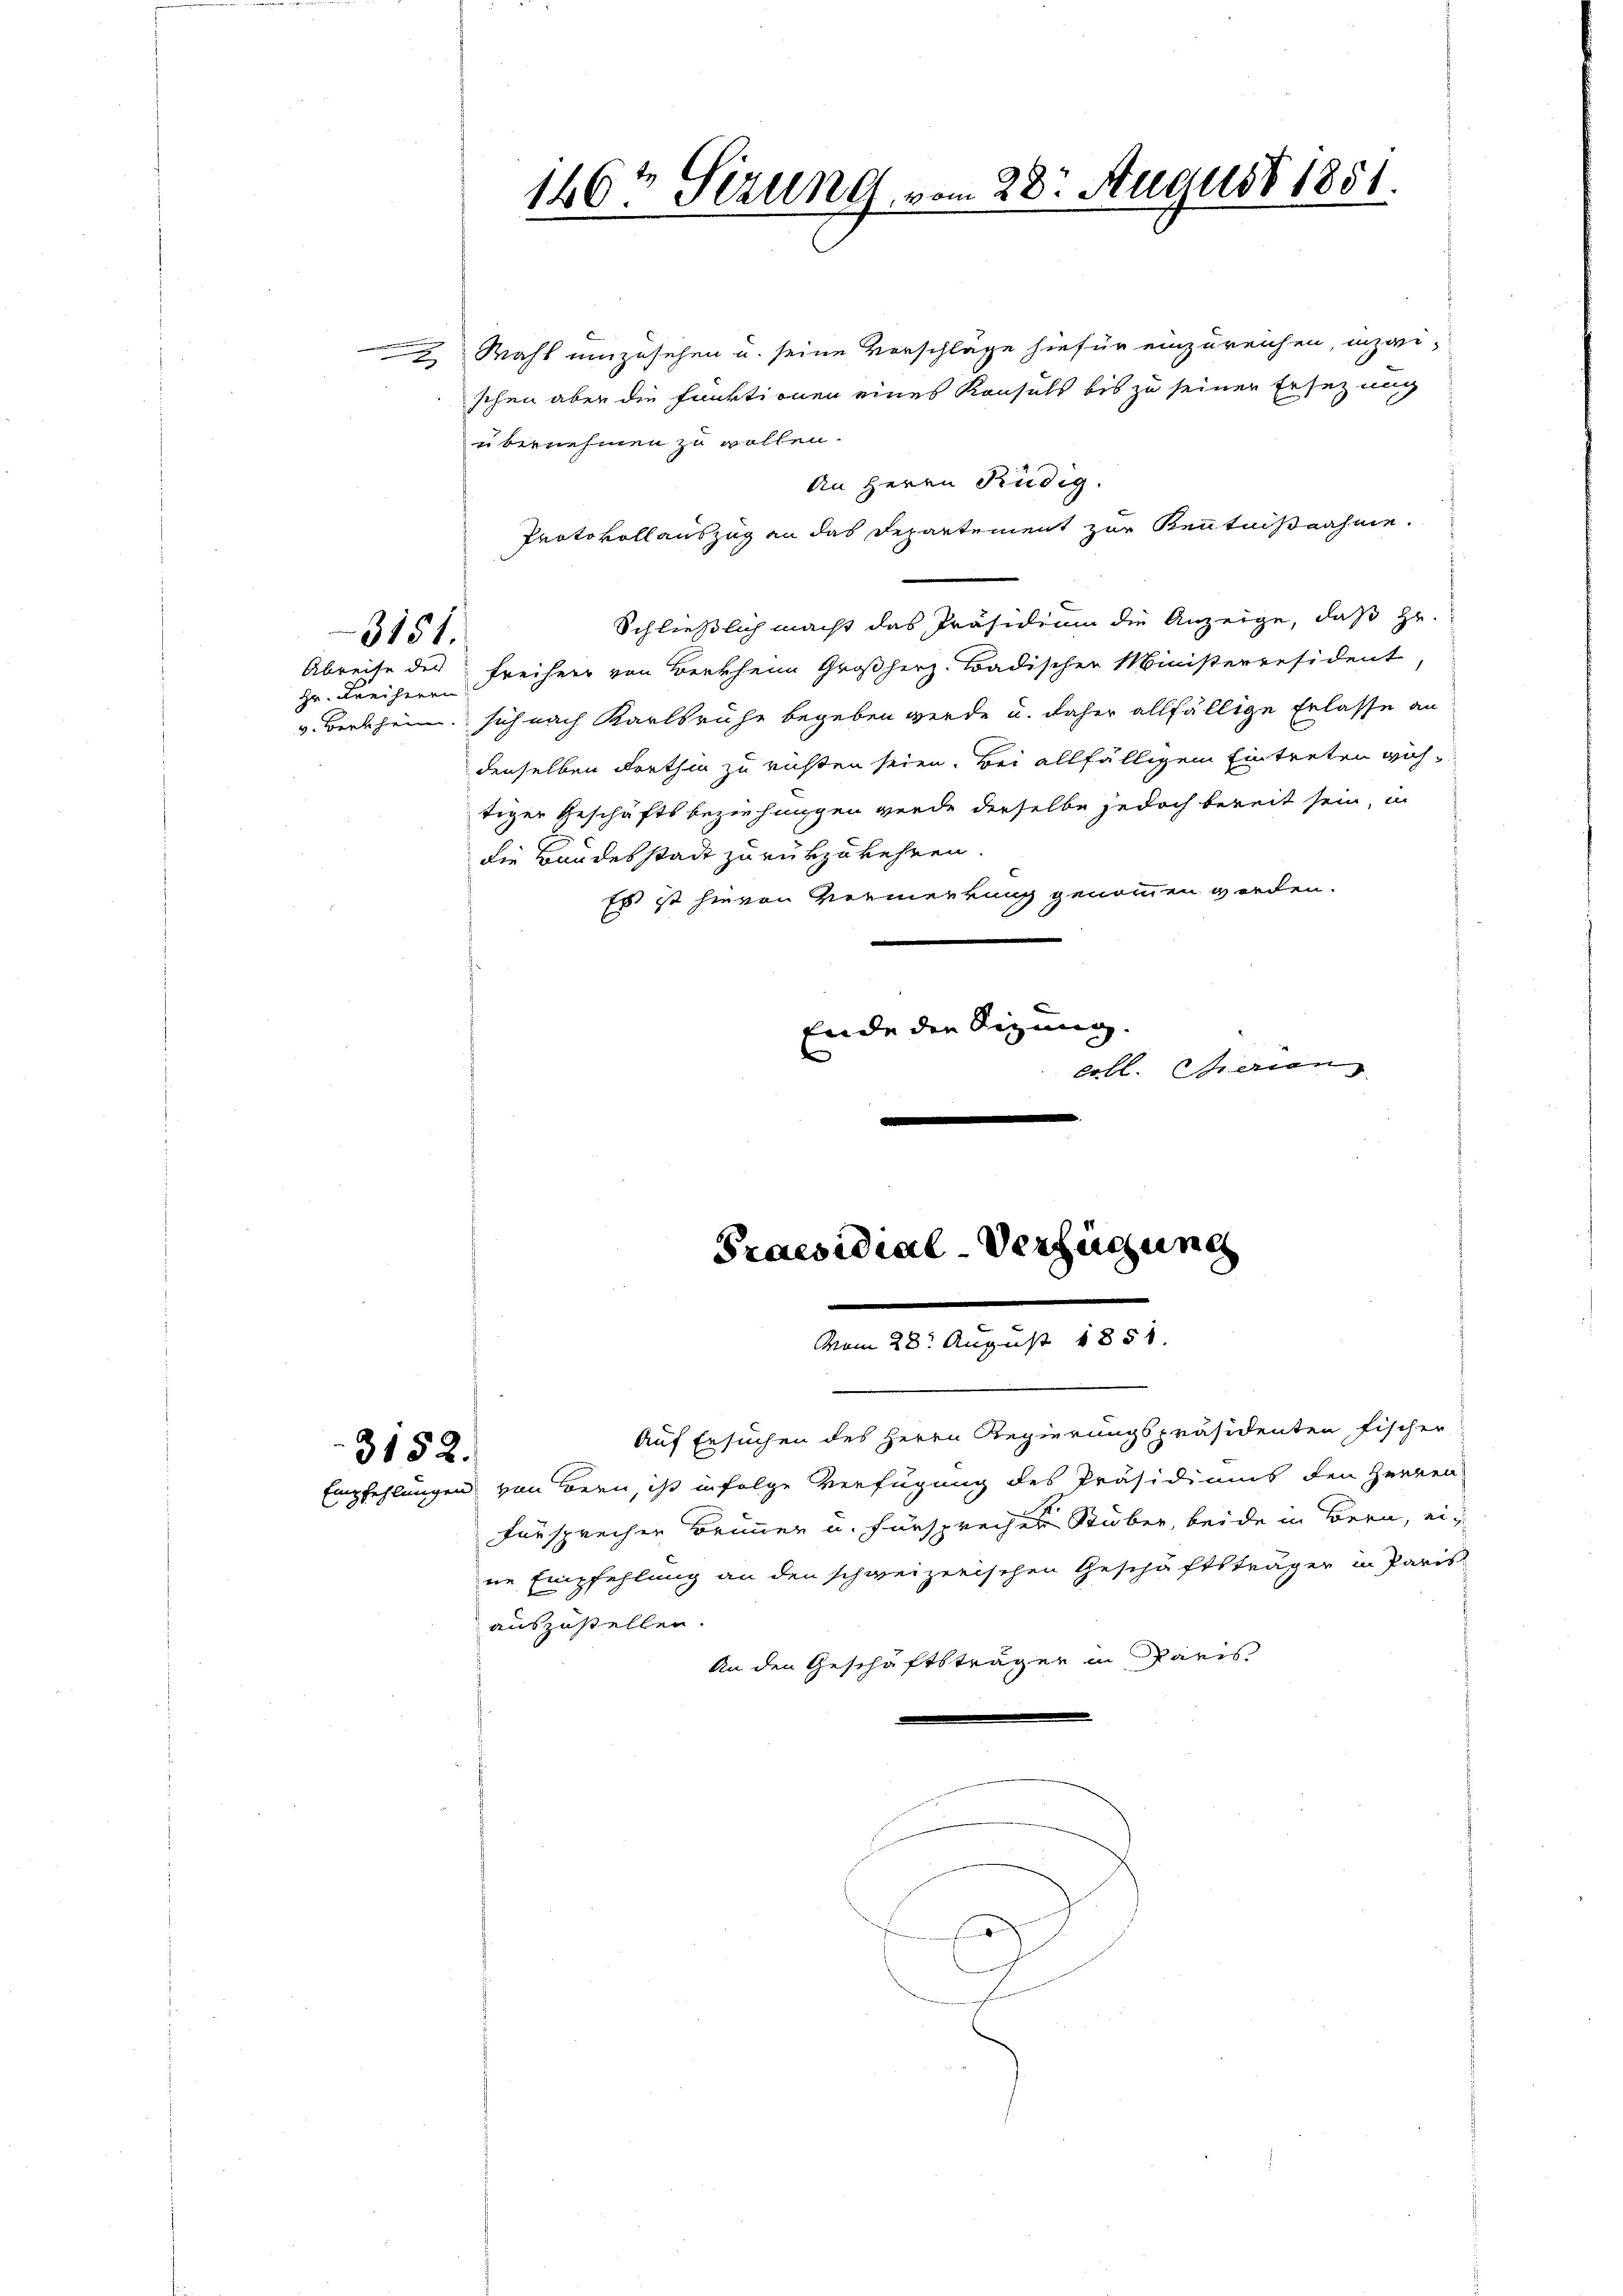
Wahl umzusehen u. seine Vorschläge hiefür einzureichen, inzwi-
schen aber die Funktionen eines Konsuls bis zu seiner Ersezung
ubernehmen zu wollen.
An Herrn Rüdig.
Protokollauszug an das Departement zur Kenntnißnahme.
Schließlich macht das Präsidium die Anzeige, daß Hr.
Abreise der Freiherr von Berkheim Großherz. Badischer Ministerresident,
v. Berthein sich nach Karlsruhe begeben werde u. daher allfällige Erlasse an
denselben dorthin zu richten seien. Bei allfälligem Eintreten göhtiger Geschäftsbeziehungen werde derselbe jedoch bereit sein, in
die Bandesstadt zurükzukehren.
Es ist hievon Vermerkung genommen werden.
Ende die Sizung
ertl. Gerien
e

3151.

zr. Freiherrn

3152.

Auf Ersuchen des Herrn Regierungspräsidenten Fischer
Empfehlungen von Bern, ist infolge Verfügung des Präsidiums den Herren
Fürsprechen Brunner u. fürsprechen Stuber, beide in Bern, eine Empfehlung an den schweizerischen Geschäftsträger in Paris
auszustellen.
An den Geschäftsträger in Paris
rhess sind

146t Sizung vom 28. August 1851.

vom 28. August 1858.

Praesidial-Verfügung